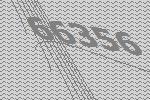
66356